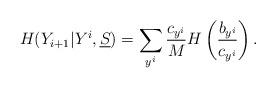
LaTeX: \begin{align*} H(Y_{i+1} | Y^{i}, \underline S ) = \sum_{y^{i}} \frac{c_{y^{i}}}{M} H\left(\frac{b_{ y^{i} } }{c_{ y^{i}} } \right). \end{align*}